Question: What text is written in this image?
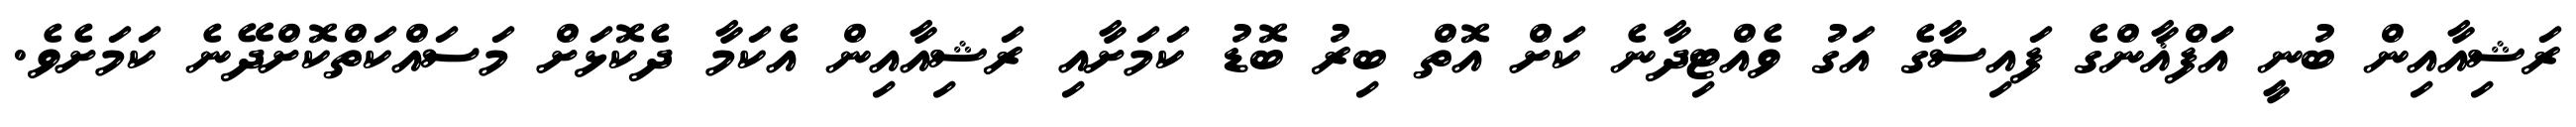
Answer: ރަޝިއާއިން ބުނީ އަަފްޣާންގެ ފައިސާގެ އަގު ވެއްޓިދާނެ ކަށް އޮތް ބިރު ބޮޑު ކަމަށާއި ރަޝިއާއިން އެކަމާ ދެކޮޅަށް މަސައްކަތްކޮށްދޭނެ ކަމަށެވެ.